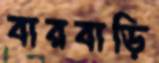
বারবাড়ি